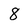
Character: 8